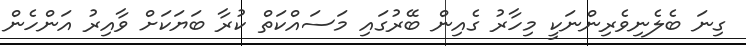
ގިނަ ބެލެނިވެރިންނަކީ މިހާރު ގެއިން ބޭރުގައި މަސައްކަތް ކުރާ ބަޔަކަށް ވާއިރު އަންހެން